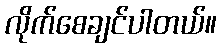
လိုက်စေချင်ပါတယ်။